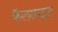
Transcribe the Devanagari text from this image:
कॅलसाइट